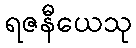
ရဇနီယေသု